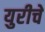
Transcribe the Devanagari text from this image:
युरीचे